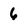
Character: 6